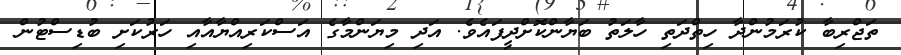
ތަޖްރިބާ ކުރަމުންދާ ހިތްދަތި ހާލަތު ބަޔާންކޮށްދީފައެވެ. އަދި މިޔަންމާގެ އަސްކަރިއްޔާއާއި ހަރުކަށި ބުޑިސްޓުން